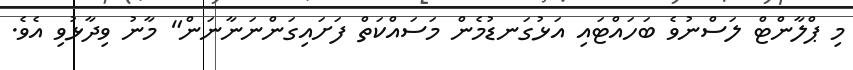
މި ޕްލާންޓް ލަސްނުވެ ބަހައްޓައި އަޅުގަނޑުމެން މަސައްކަތް ފަށައިގަންނަނާނަން" މާނު ވިދާޅުވި އެވެ.